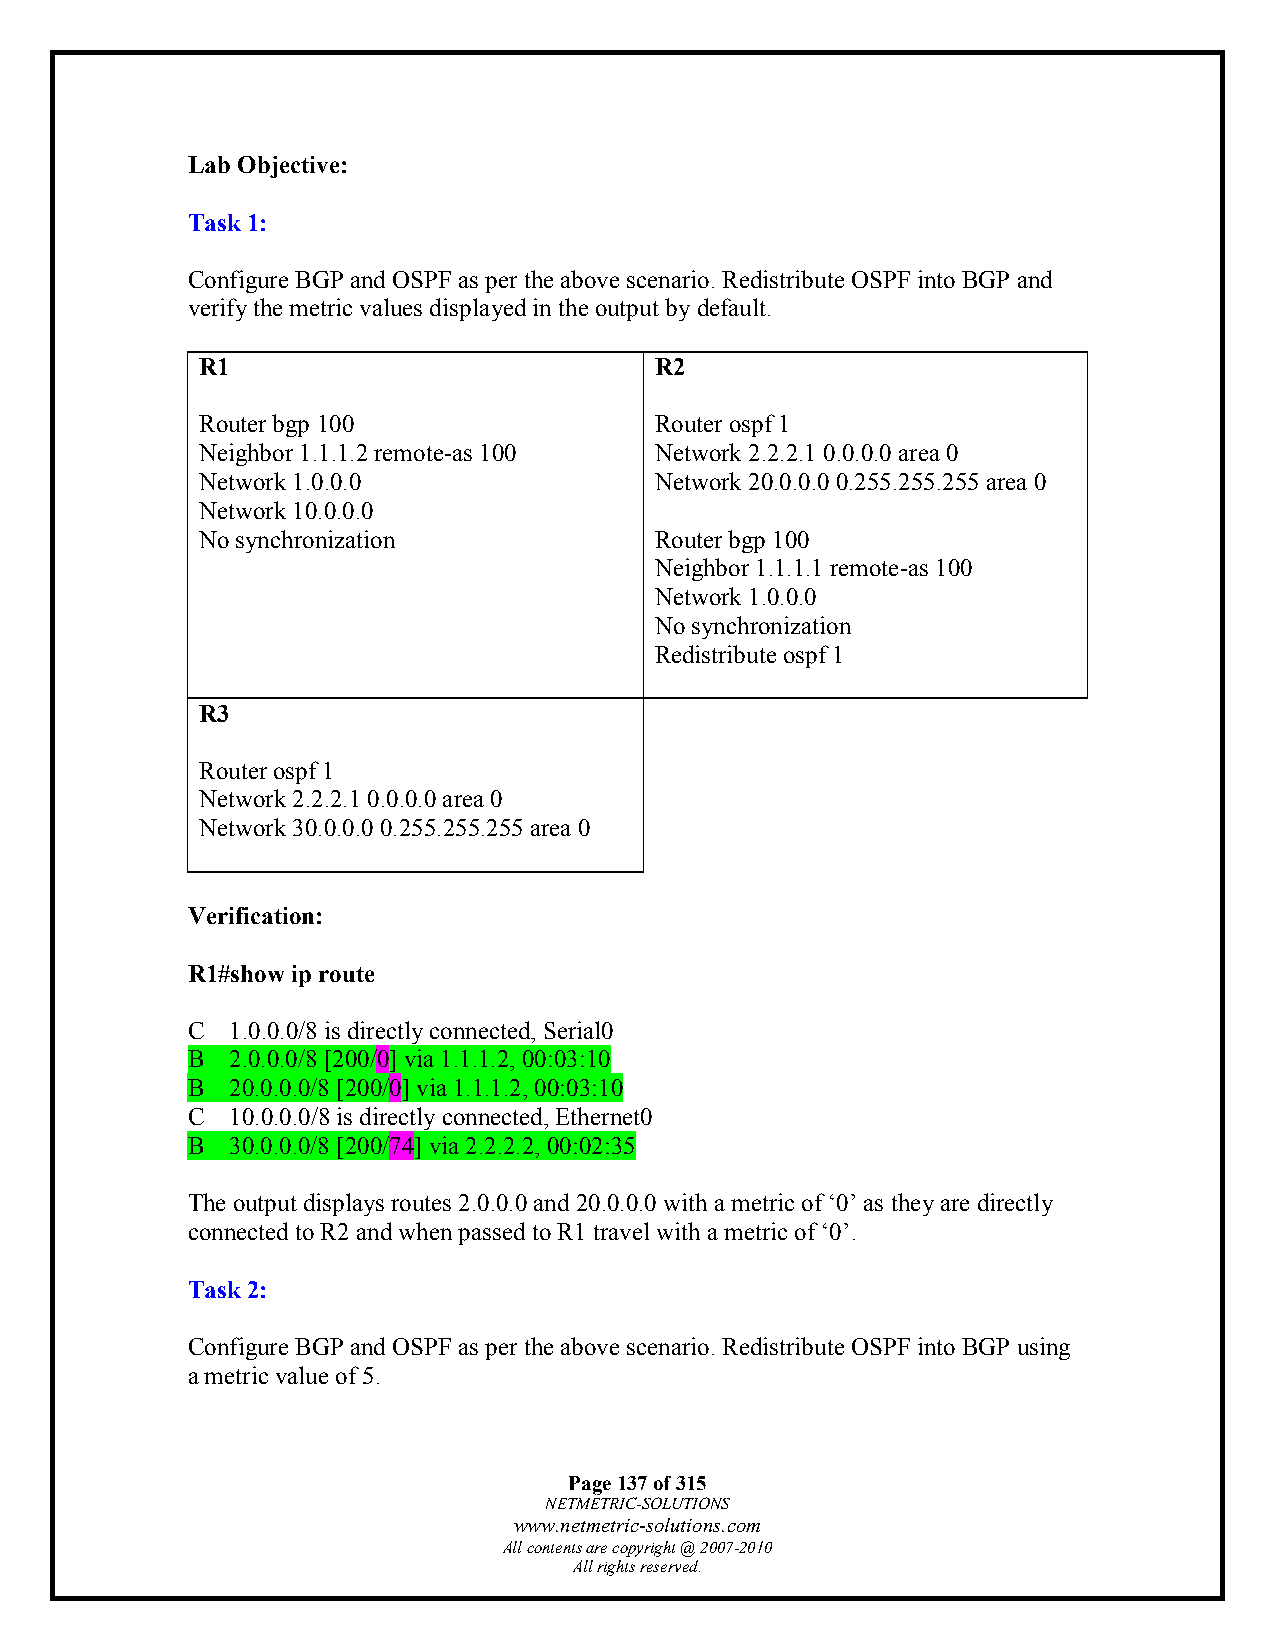
Lab Objective:
 Task 1:
 Configure BGP and OSPF as per the above scenario. Redistribute OSPF into BGP and
 verify the metric values displayed in the output by default.
 R1                            R2
 Router bgp 100                Router ospf 1
 Neighbor 1.1.1.2 remote-as 100 Network 2.2.2.1 0.0.0.0 area 0
 Network 1.0.0.0               Network 20.0.0.0 0.255.255.255 area 0
 Network 10.0.0.0
 No synchronization            Router bgp 100
 Neighbor 1.1.1.1 remote-as 100
 Network 1.0.0.0
 No synchronization
 Redistribute ospf 1
 R3
 Router ospf 1
 Network 2.2.2.1 0.0.0.0 area 0
 Network 30.0.0.0 0.255.255.255 area 0
 Verification:
 R1#show ip route
 C  1.0.0.0/8 is directly connected, Serial0
 B  2.0.0.0/8 [200/0] via 1.1.1.2, 00:03:10
 B  20.0.0.0/8 [200/0] via 1.1.1.2, 00:03:10
 C  10.0.0.0/8 is directly connected, Ethernet0
 B  30.0.0.0/8 [200/74] via 2.2.2.2, 00:02:35
 The output displays routes 2.0.0.0 and 20.0.0.0 with a metric of ‘0’ as they are directly
 connected to R2 and when passed to R1 travel with a metric of ‘0’.
 Task 2:
 Configure BGP and OSPF as per the above scenario. Redistribute OSPF into BGP using
 a metric value of 5.
 Page 137 of 315
 NETMETRIC-SOLUTIONS
 www.netmetric-solutions.com
 All contents are copyright @ 2007-2010
 All rights reserved.